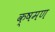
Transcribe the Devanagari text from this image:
क्षमण